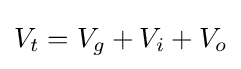
V_{t}=V_{g}+V_{i}+V_{o}